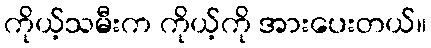
ကိုယ့်သမီးက ကိုယ့်ကို အားပေးတယ်။